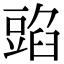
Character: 𧯰